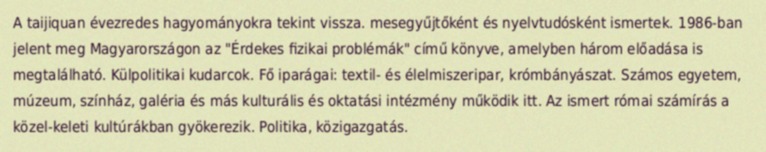
A taijiquan évezredes hagyományokra tekint vissza. mesegyűjtőként és nyelvtudósként ismertek. 1986-ban jelent meg Magyarországon az "Érdekes fizikai problémák" című könyve, amelyben három előadása is megtalálható. Külpolitikai kudarcok. Fő iparágai: textil- és élelmiszeripar, krómbányászat. Számos egyetem, múzeum, színház, galéria és más kulturális és oktatási intézmény működik itt. Az ismert római számírás a közel-keleti kultúrákban gyökerezik. Politika, közigazgatás.